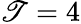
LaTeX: \mathscr{T}=4